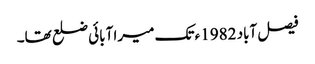
فیصل آباد 1982ء تک میرا آبائی ضلع تھا۔